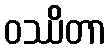
ဝဿိတာ